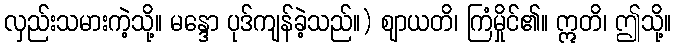
လှည်းသမားကဲ့သို့။ မန္ဒော ပုဒ်ကျန်ခဲ့သည်။) ဈာယတိ၊ ကြံမှိုင်၏။ ဣတိ၊ ဤသို့။